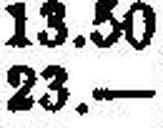
23.—